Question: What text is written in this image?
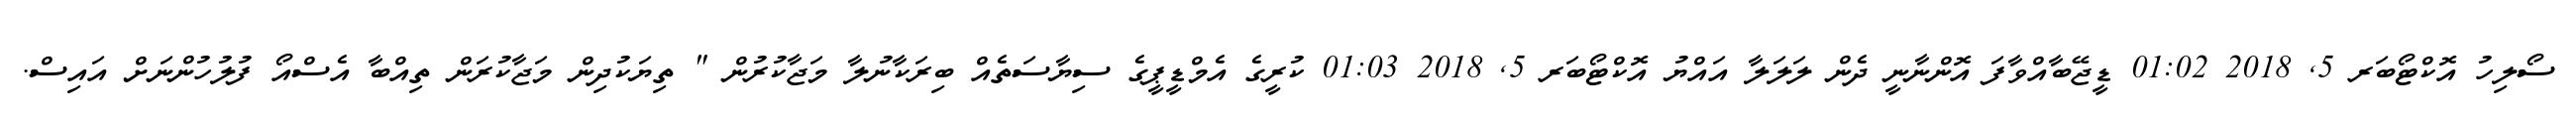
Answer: ސޯލިހު އޮކްޓޯބަރ 5, 2018 01:02 ޑީޖޭބާއްވާފަ އޮންނާނީ ދެން ލަލަލާ އައްޔު އޮކްޓޯބަރ 5, 2018 01:03 ކުރީގެ އެމްޑީޕީގެ ސިޔާސަތެއް ބިރަކާނުލާ މަޖާކުރުން " ތިޔަކުދިން މަޖާކުރަން ތިއްބާ އެސްއޯ ފުލުހުންނަށް އައިސް.